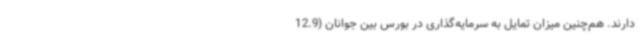
دارند. هم‌چنین میزان تمایل به سرمایه‌گذاری در بورس بین جوانان (12.9